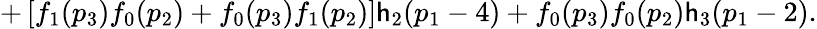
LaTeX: +\left[f_{1}(p_{3})f_{0}(p_{2})+f_{0}(p_{3})f_{1}(p_{2})\right]\mathsf{h}_{2}(p_{1}-4)+f_{0}(p_{3})f_{0}(p_{2})\mathsf{h}_{3}(p_{1}-2).